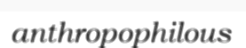
anthropophilous